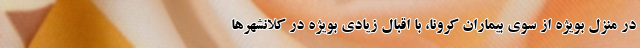
در منزل بویژه از سوی بیماران کرونا، با اقبال زیادی بویژه در کلانشهرها